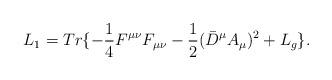
LaTeX: \begin{align*}L_1=Tr\{-\frac{1}{4}F^{\mu\nu}F_{\mu\nu}-\frac{1}{2}(\bar{D}^{\mu}A_{\mu})^2+L_g\}.\end{align*}